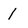
Character: 1